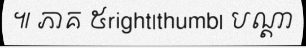
៕ ភាគ ៥right|thumb| បណ្តា